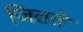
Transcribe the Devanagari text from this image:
जितते